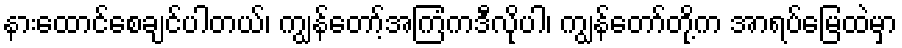
နားထောင်စေချင်ပါတယ်၊ ကျွန်တော့်အကြံကဒီလိုပါ၊ ကျွန်တော်တို့က အာရပ်မြေထဲမှာ